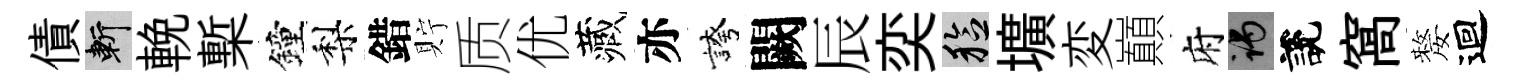
債斬輓槧鐘梨錯貯质优藏亦誇闕辰奕稔壙変巔府谒說窩嫠迴